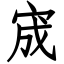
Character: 宬